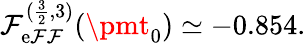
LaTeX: \mathcal{F}_{\mathrm{{e\mathcal{F}\mathcal{F}}}}^{(\frac{{3}}{{2}},3)}(\pmt_{0})\simeq-0.854.